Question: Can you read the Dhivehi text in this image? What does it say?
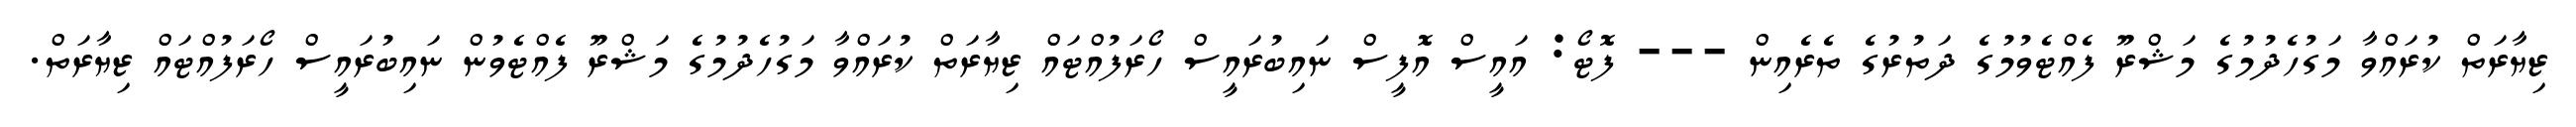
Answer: ޒިޔާރަތް ކުރައްވާ މަގުހެދުމުގެ މަޝްރޫ ފެއްޓެވުމުގެ ދަތުރުގެ ތެރެއިން --- ފޮޓޯ: އައީސް އޮފީސް ނައިބުރައީސް ހޯރަފުއްޓައް ޒިޔާރަތް ކުރައްވާ މަގުހެދުމުގެ މަޝްރޫ ފެއްޓެވުން ނައިބުރައީސް ހޯރަފުއްޓައް ޒިޔާރަތް.